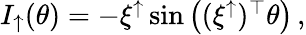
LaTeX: \begin{array}{r}{I_{\uparrow}(\theta)=-\xi^{\uparrow}\sin\left((\xi^{\uparrow})^{\top}\theta\right)\, ,}\end{array}